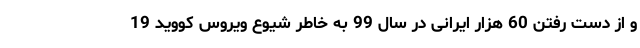
و از دست رفتن 60 هزار ایرانی در سال 99 به خاطر شیوع ویروس کووید 19